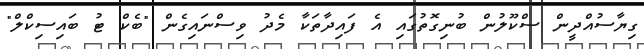
ގިޔާސުއްދީން ސްކޫލުން ބުނިގޮތުގައި އެ ފައިދާތަކާ މެދު ވިސްނައިގެން "ބެކް ޓު ބައިސިކްލް"